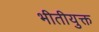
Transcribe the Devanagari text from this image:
भीतीयुक्त